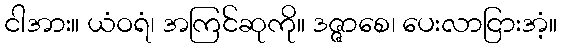
ငါအား။ ယံဝရံ၊ အကြင်ဆုကို။ ဒဇ္ဇာစေ၊ ပေးလာငြားအံ့။